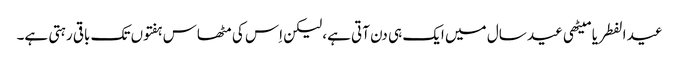
عید الفطر یا میٹھی عید سال میں ایک ہی دن آتی ہے، لیکن اِس کی مٹھاس ہفتوں تک باقی رہتی ہے۔